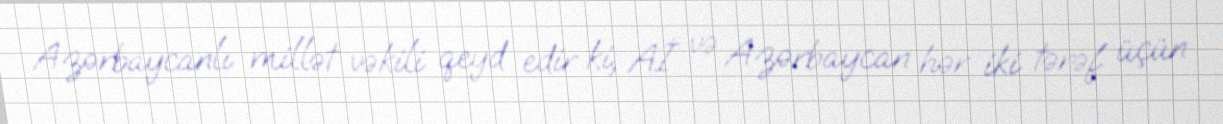
Azərbaycanlı millət vəkili qeyd edir ki, Aİ və Azərbaycan hər iki tərəf üçün